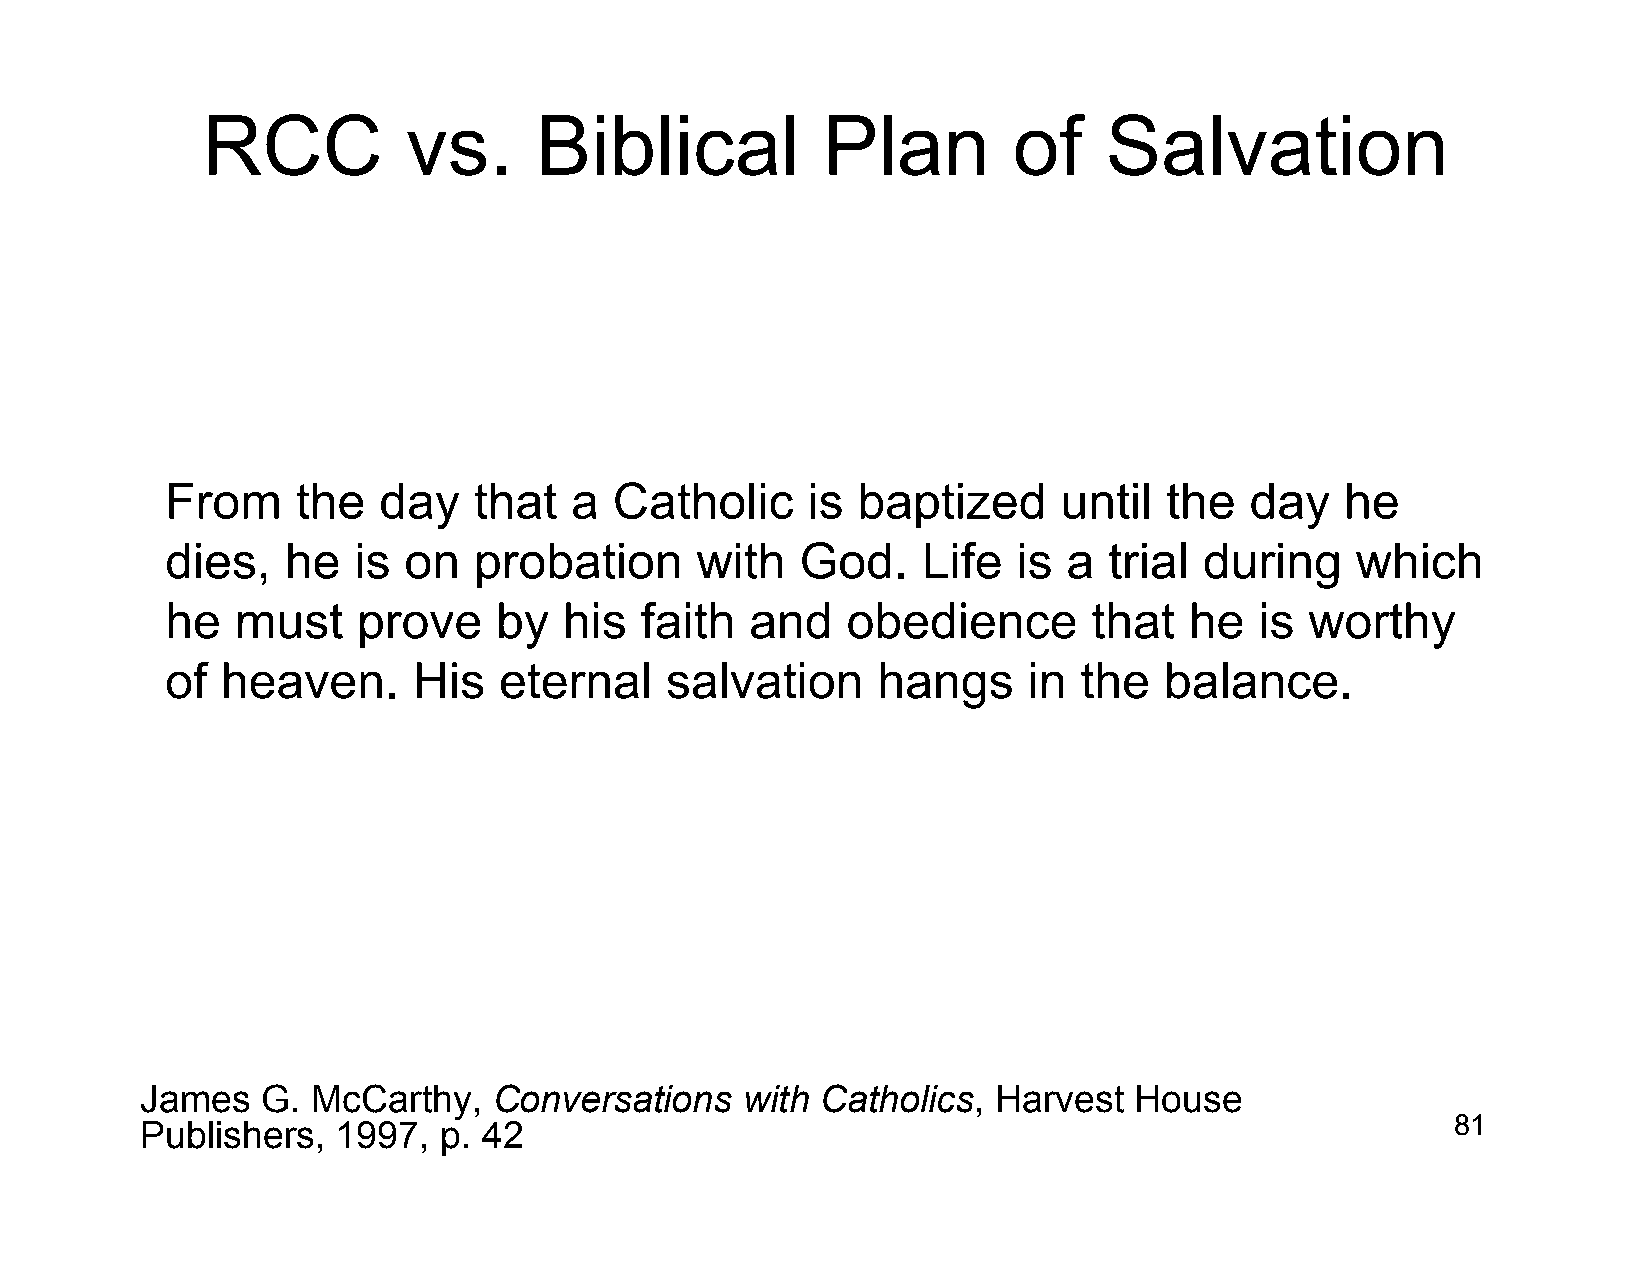
RCC           vs.     Biblical           Plan         of    Salvation
 From     the  day   that   a  Catholic    is  baptized     until  the   day   he
 dies,   he  is  on  probation      with   God.    Life  is  a trial  during    which
 he   must    prove    by  his  faith   and   obedience       that   he  is  worthy
 of  heaven.     His   eternal    salvation     hangs     in the   balance.
 James   G.  McCarthy,   Conversations   with Catholics,  Harvest  House
 Publishers,  1997,  p. 42                                                              81